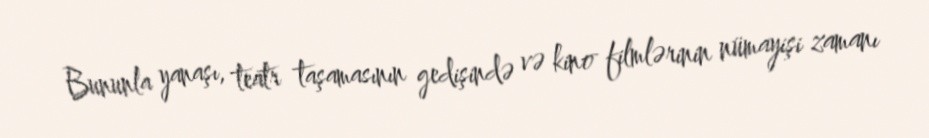
Bununla yanaşı, teatr taşamasının gedişində və kino filmlərinin nümayişi zamanı